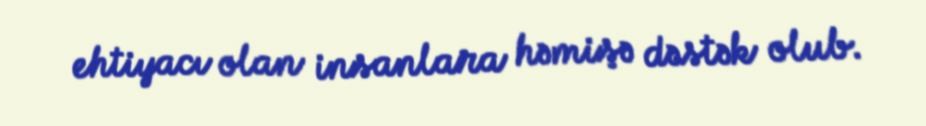
ehtiyacı olan insanlara həmişə dəstək olub.